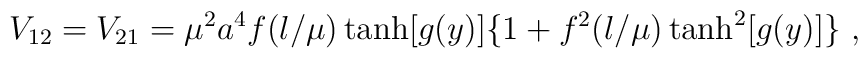
V_{12}=V_{21}=\mu^2a^4 f(\l/\mu)\tanh[g(y)]\{1+f^2(\l/\mu)\tanh^2[g(y)]\}~,